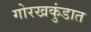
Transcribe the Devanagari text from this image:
गोरखकुंडात